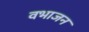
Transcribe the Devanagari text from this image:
वभाजन